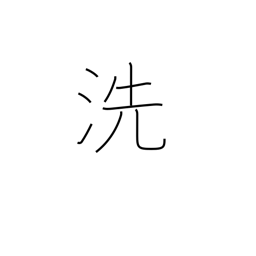
Meaning: inquire into